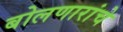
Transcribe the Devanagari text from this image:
बोलणारांचे